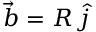
\vec { b } = R \, \hat { j }